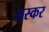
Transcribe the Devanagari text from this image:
अस्कर